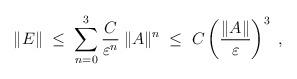
LaTeX: \begin{align*}\|E\| \;\leq\; \sum_{n=0}^3 \frac{C}{\varepsilon^n}\: \|A\|^n\;\leq\; C \left(\frac{\|A\|}{\varepsilon} \right)^3\;,\end{align*}